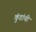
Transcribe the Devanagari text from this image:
कुंडांची